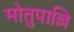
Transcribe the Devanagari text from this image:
मोतुपाल्लि